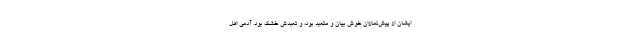
ایشان از پیش‌نمازان خوش بیان و متعبد بود، و تعبدش خشک بود. آدمی اهل